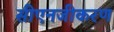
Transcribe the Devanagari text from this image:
सीएनजीकरण